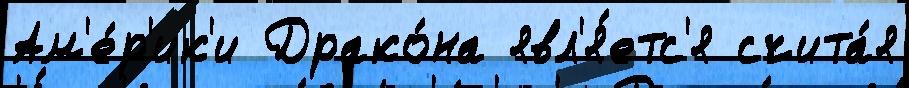
Ам'е́р'ик'и Драко́на явл'я́етс'я счита́я